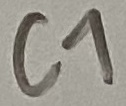
Text: C1